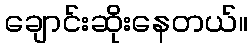
ချောင်းဆိုးနေတယ်။